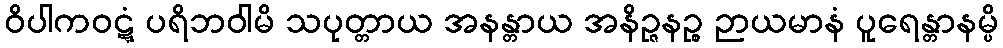
ဝိပါကဝဋ္ဋံ ပရိဘဝါမိ သပုတ္တာယ အနန္တာယ အနိဉ္ဇနဉ္စ ဉာယမာနံ ပူရေန္တာနမ္ပိ